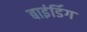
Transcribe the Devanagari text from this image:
बाइंर्डिग